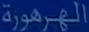
الجمهورية